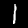
Label: 1